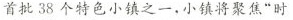
首批38个特色小镇之一，小镇将聚焦”时